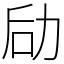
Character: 劶